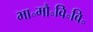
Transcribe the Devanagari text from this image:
भा॰मौ॰वि॰वि॰